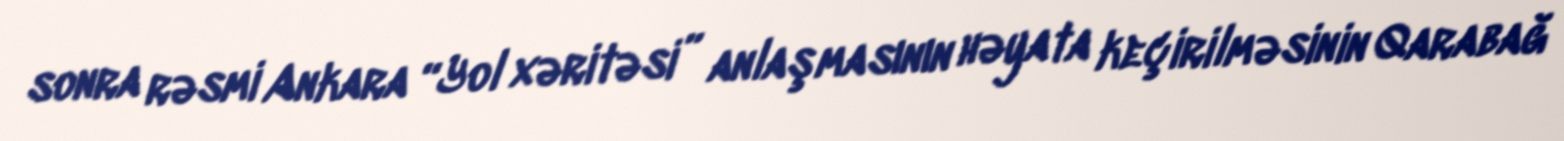
sonra rəsmi Ankara “Yol xəritəsi” anlaşmasının həyata keçirilməsinin Qarabağ